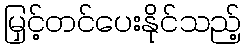
မြှင့်တင်ပေးနိုင်သည့်